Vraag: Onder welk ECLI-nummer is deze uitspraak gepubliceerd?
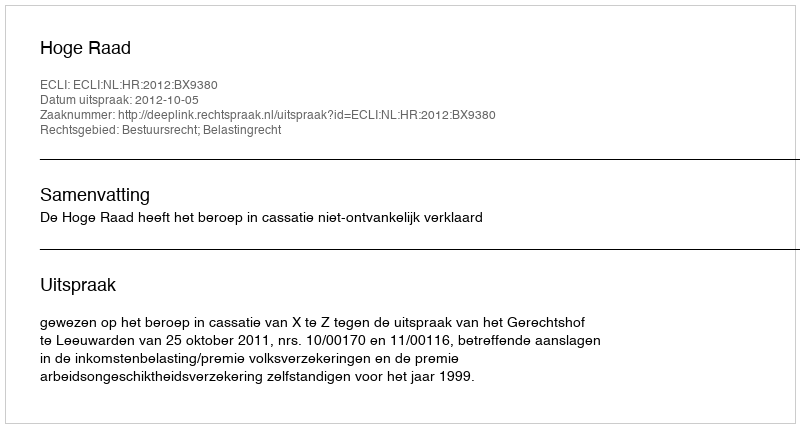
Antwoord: ECLI:NL:HR:2012:BX9380